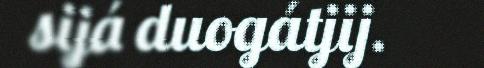
sijá duogátjij.